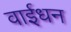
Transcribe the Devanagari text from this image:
वाईधन